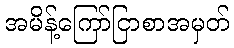
အမိန့်ကြော်ငြာစာအမှတ်